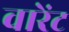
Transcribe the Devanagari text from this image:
वारेंट